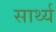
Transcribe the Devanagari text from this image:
सार्थ्य